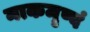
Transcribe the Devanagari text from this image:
नाकमृष्वं